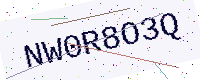
Text: NW0R8O3Q